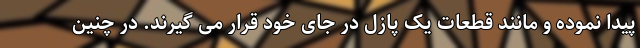
پیدا نموده و مانند قطعات یک پازل در جای خود قرار می گیرند. در چنین